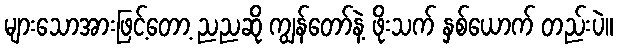
များသောအားဖြင့်တော့ ညညဆို ကျွန်တော်နဲ့ ဖိုးသက် နှစ်ယောက် တည်းပဲ။